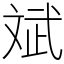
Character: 斌